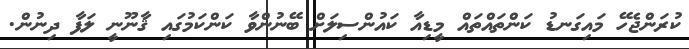
ކުރަންޖެހޭ މައިގަނޑު ކަންތައްތައް މީޑިއާ ކައުންސިލަށް ބޭނުންވާ ކަންކަމުގައި ޤާނޫނީ ލަފާ ދިނުން.